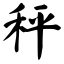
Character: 秤